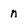
Character: n